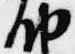
納